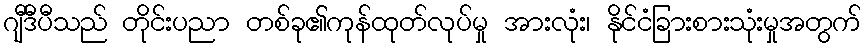
ဂျီဒီပီသည် တိုင်းပညာ တစ်ခု၏ကုန်ထုတ်လုပ်မှု အားလုံး၊ နိုင်ငံခြားစားသုံးမှုအတွက်